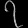
Digit: ၇